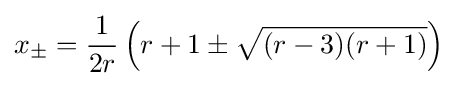
x_{\pm }={\frac {1}{2r}}\left(r+1\pm {\sqrt {(r-3)(r+1)}}\right)